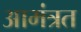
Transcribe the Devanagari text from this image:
आमंत्रत